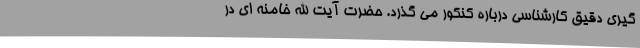
گیری دقیق کارشناسی درباره کنکور می گذرد. حضرت آیت الله خامنه ای در